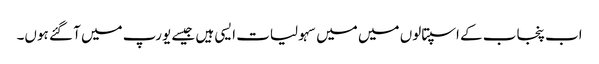
اب پنجاب کے اسپتالوں میں میں سہولیات ایسی ہیں جیسے یورپ میں آ گئے ہوں۔